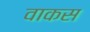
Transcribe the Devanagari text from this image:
वाकस